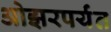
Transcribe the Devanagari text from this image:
ओझरपर्यंत